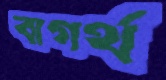
বাগর্থ